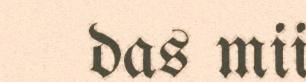
das mii